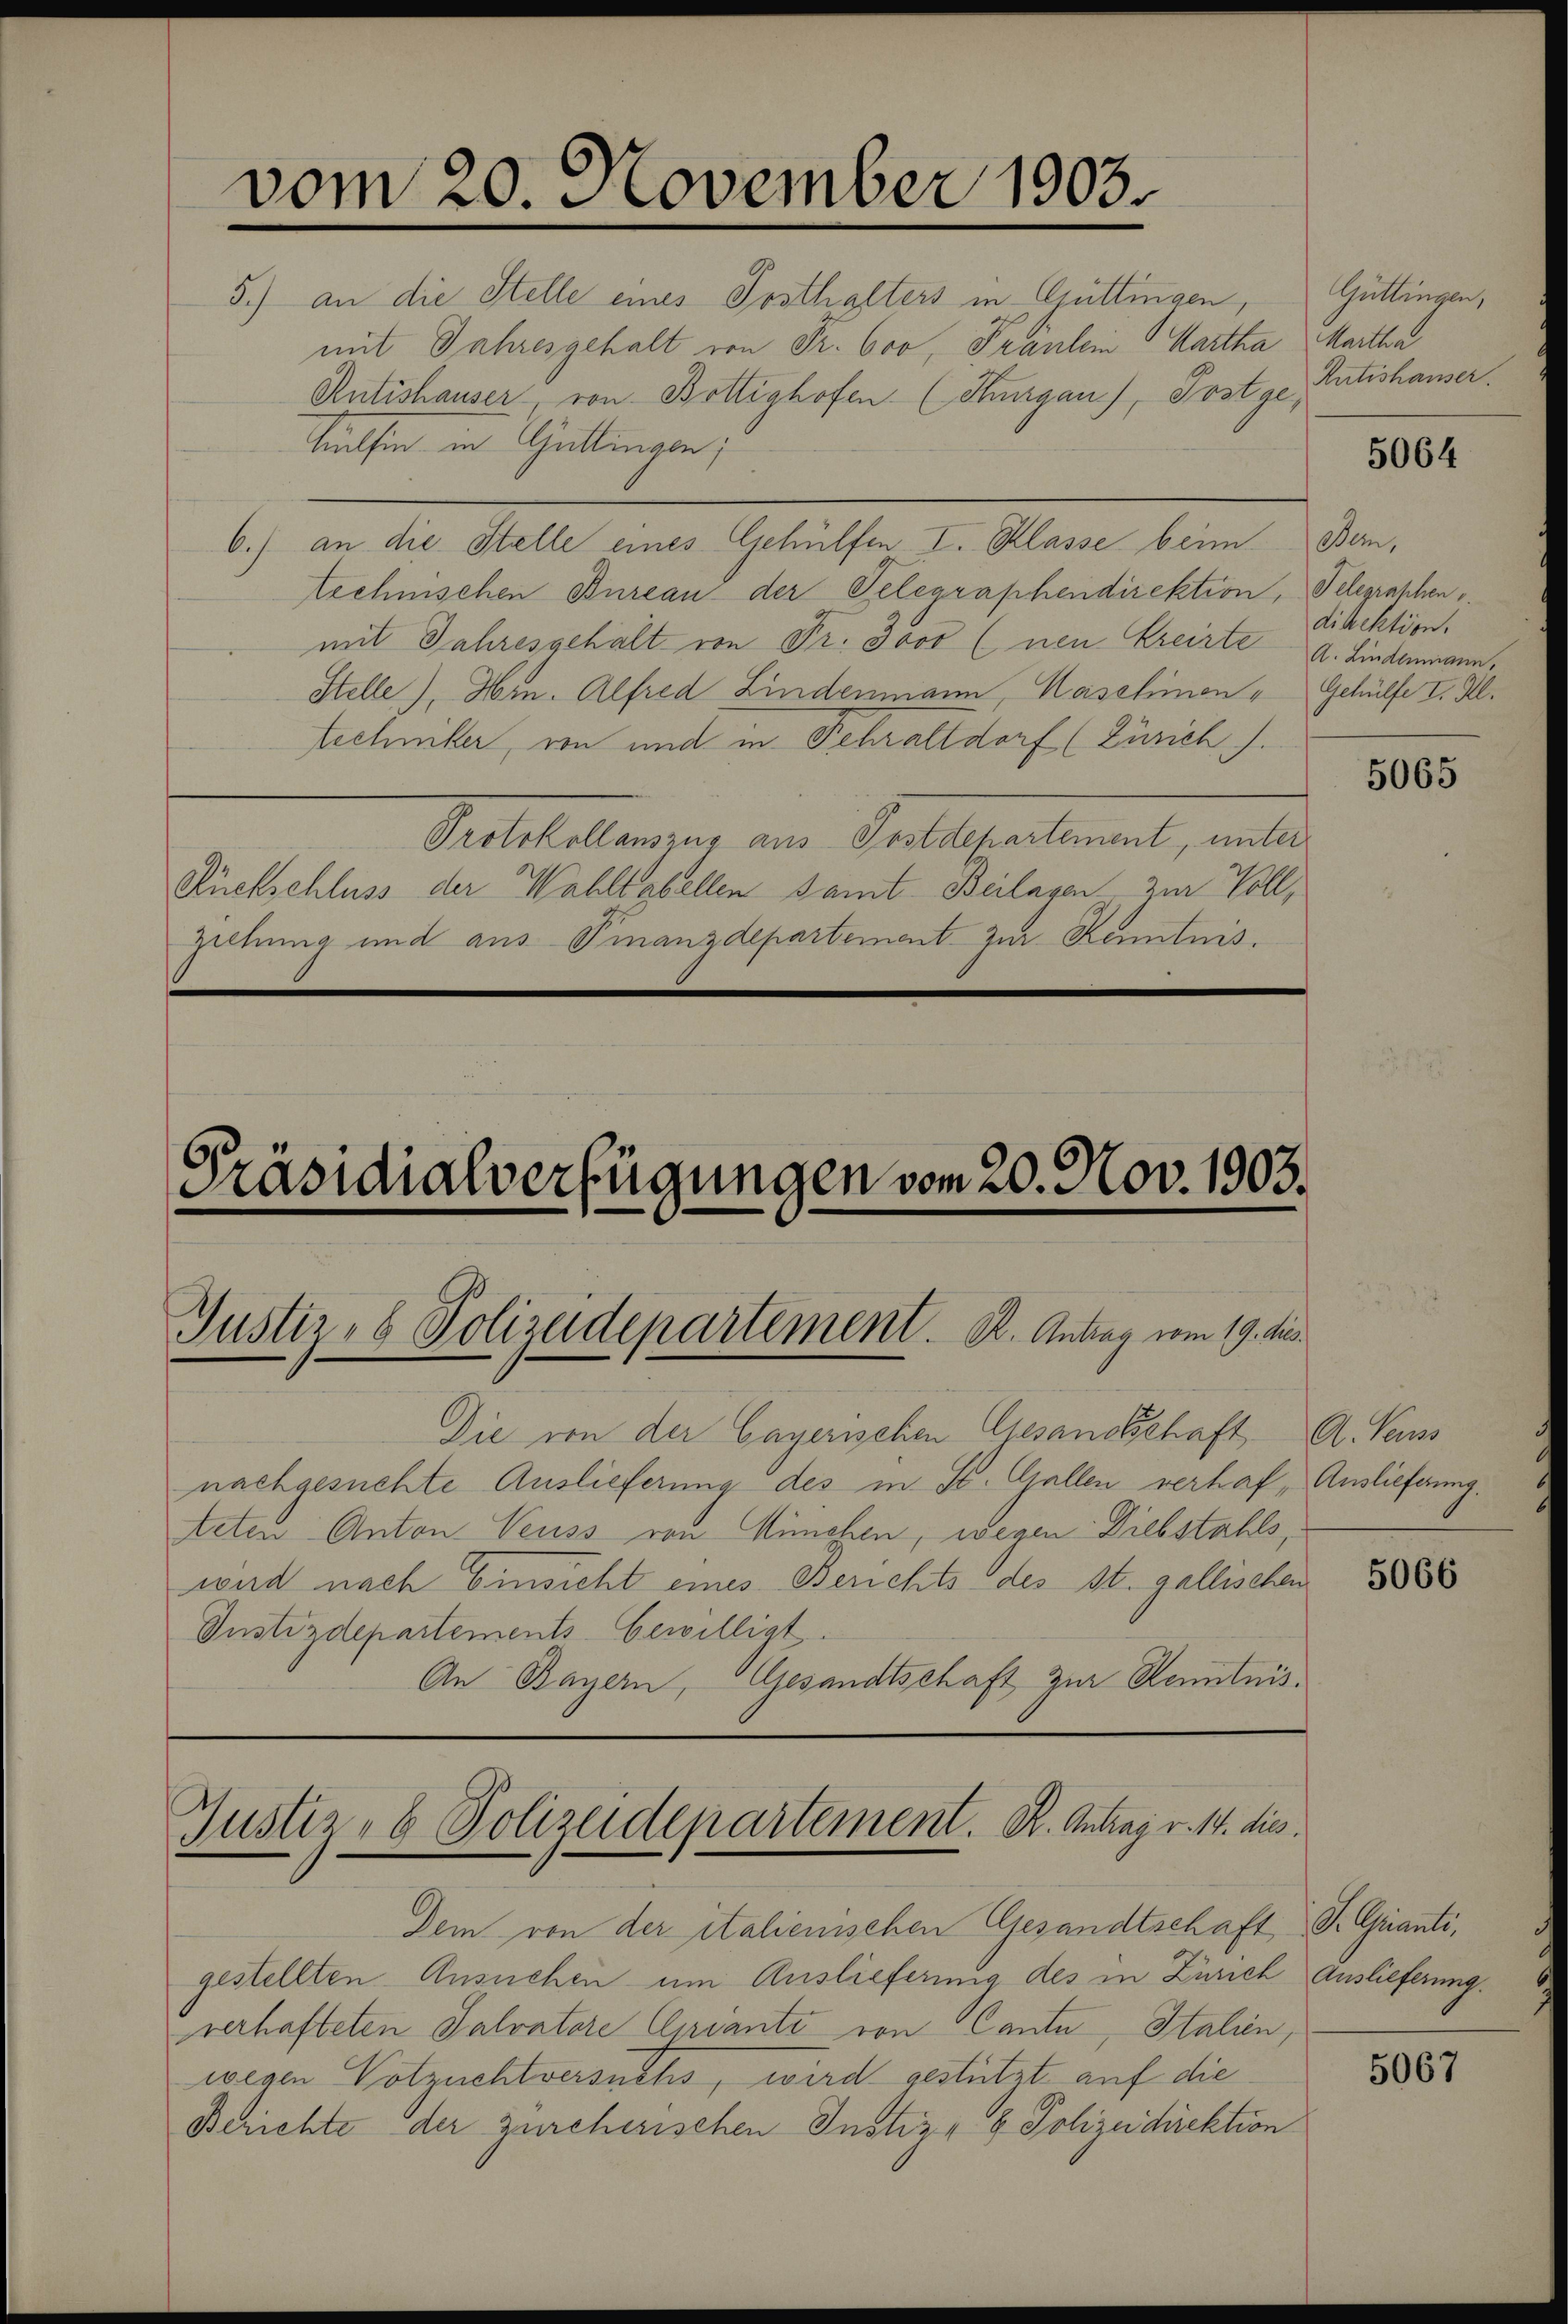
vom 20. November 1903.

5.) an die Stelle eines Posthalters in Güttingen,
mit Jahresgehalt von Fr. 600, Fräulein Martha Martha
Antishauser, von Bottighofen (Thurgau), Postge,
Teilsen in Gattingen,
b.) an die Stelle eines Gehülfen I. Klasse beim Bern,
technischen Bureau der Gelegraphendirektion, Telegraphen
mit Jahresgehalt von Fr. Jovo (nen Kreiste A. Lindammann,
Stelle), Hrn. Alfred Lindenmann, Kaschien,
Lechniker, von und in Fehraltdorf (Zürich).
Protokollauszug aus Postdepartement, unter
Rückschluss der Wahltabellen samt Beilagen zur Voll¬
Zillung und aus Finanzdepartement zur Kenntnis.

Präsidialverfügungen vom 20. Nov. 1903.

Justiz- & Polizeidepartement. K. Antrag vom 19. dies

Die von der Cayerischen Gesandtschaft, A. Vers
nachgesuchte Auslieferung des in St. Gallen verhaf, Auslieferung.
teten Anton Veuss von München, wegen Diebstahls,
wird nach Einsicht eines Berichts des st. gallischen
Justizdepartements bewilligt
An Bayern, Gesandtschaft zur Kenntnis¬

Justiz- & Polizeidepartement. K. Antrag v. 14. dies

Dem von der italienischen Gesandtschaft S. Granti,
gestellten Ansuchen um Auslieferung des in Zürich Auslieferung.
verhafteten Salvatore Curiante von Canta, Italien,
wegen Votzuchtversuchs, wird gestützt auf die
Berichte der zürcherischen Instiz- & Polizeidirektion

Güttingen,
Rutishauser.

5064

direktion.
Gehülfe I. Al.

5065

5066

5067